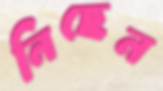
নিছেন